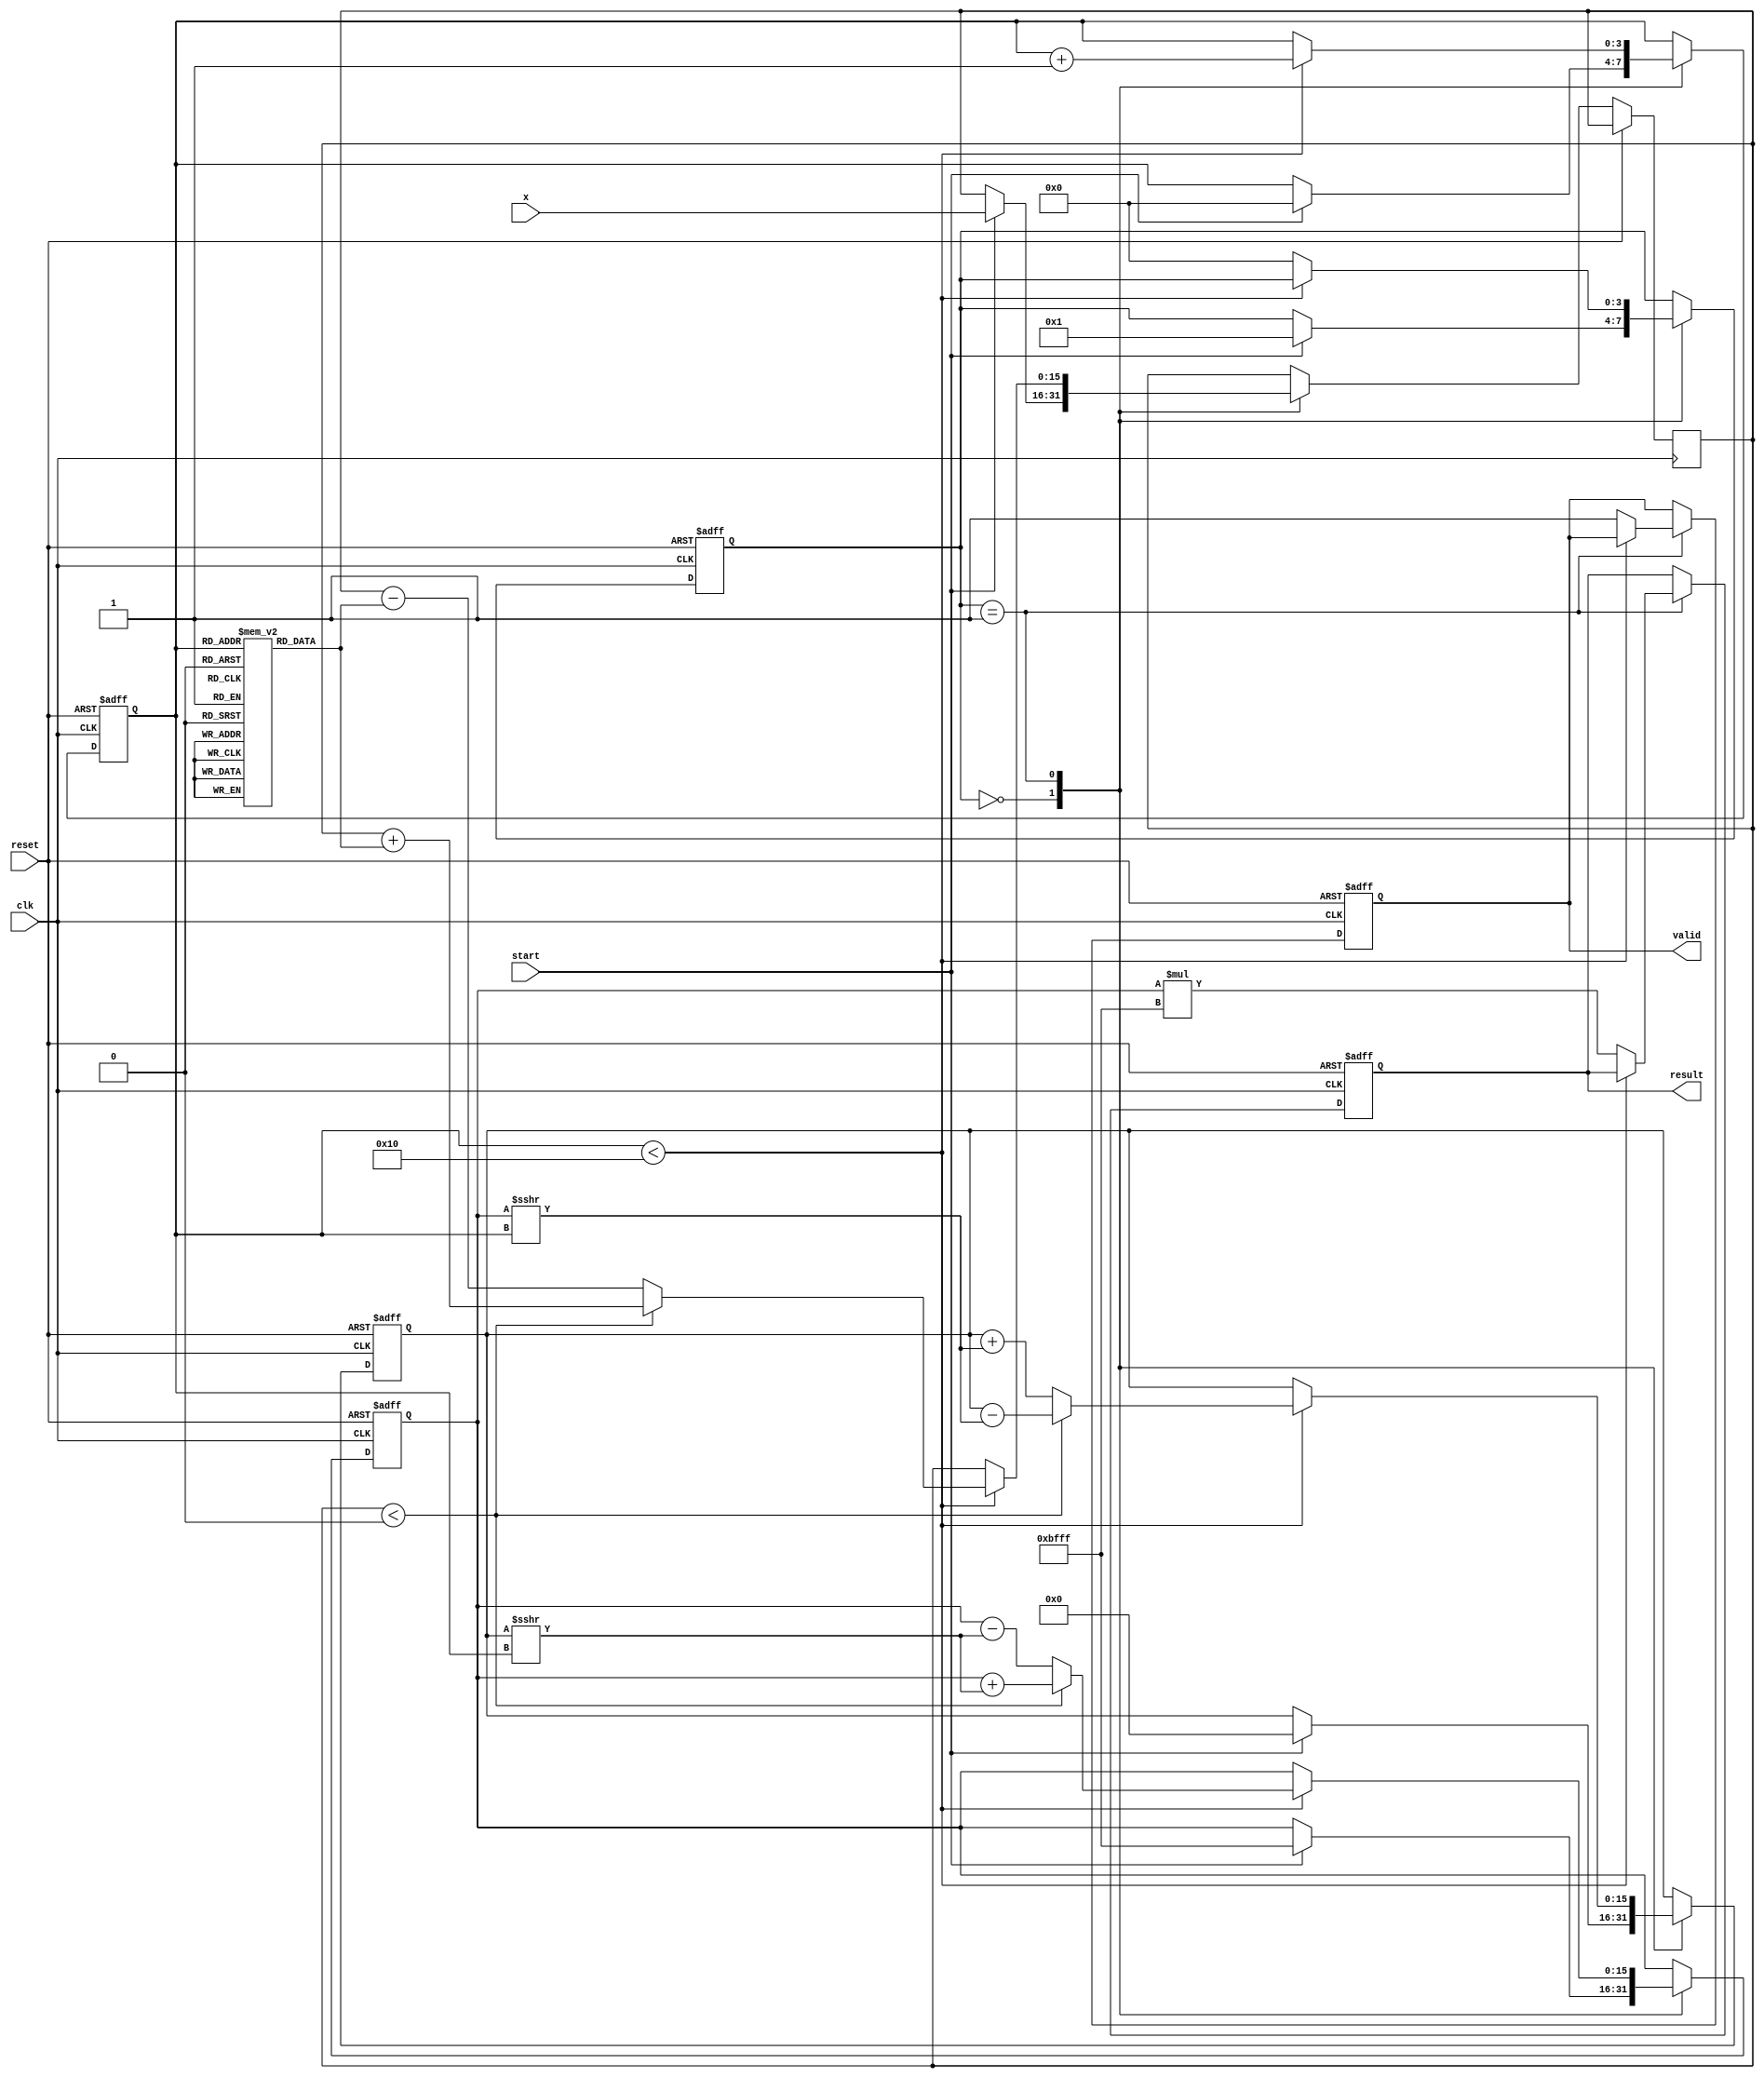
module cordic_exponential (
    input wire clk,
    input wire reset,
    input wire start,
    input wire [15:0] x, // Fixed-point input for x
    output reg [31:0] result, // Fixed-point output for e^x
    output reg valid // Signal to indicate output is ready
);

    parameter NUM_ITERATIONS = 16; // Number of CORDIC iterations
    parameter FIXED_POINT_SCALE = 16'hBFFF; // Scaling factor (example value)

    reg [15:0] angle_lut [0:NUM_ITERATIONS-1]; // Angle lookup table
    reg [15:0] z; // Input value in fixed-point
    reg [15:0] x_acc, y_acc; // Accumulators for x and y
    reg [3:0] state; // State machine for control logic
    reg [3:0] iteration; // Iteration counter

    // Initialize angle lookup table (precomputed values)
    initial begin
        angle_lut[0] = 16'h0000; // atan(2^0)
        angle_lut[1] = 16'h1C71; // atan(2^-1)
        angle_lut[2] = 16'h1A62; // atan(2^-2)
        angle_lut[3] = 16'h186A; // atan(2^-3)
        angle_lut[4] = 16'h172B; // atan(2^-4)
        angle_lut[5] = 16'h162E; // atan(2^-5)
        angle_lut[6] = 16'h1555; // atan(2^-6)
        angle_lut[7] = 16'h149E; // atan(2^-7)
        angle_lut[8] = 16'h1400; // atan(2^-8)
        angle_lut[9] = 16'h138A; // atan(2^-9)
        angle_lut[10] = 16'h1328; // atan(2^-10)
        angle_lut[11] = 16'h12D8; // atan(2^-11)
        angle_lut[12] = 16'h1290; // atan(2^-12)
        angle_lut[13] = 16'h1258; // atan(2^-13)
        angle_lut[14] = 16'h1220; // atan(2^-14)
        angle_lut[15] = 16'h11F0; // atan(2^-15)
    end

    // State machine for control logic
    always @(posedge clk or posedge reset) begin
        if (reset) begin
            state <= 0;
            valid <= 0;
            iteration <= 0;
            x_acc <= 0;
            y_acc <= 0;
            result <= 0;
        end else begin
            case (state)
                0: begin // Idle state
                    if (start) begin
                        z <= x; // Load input value
                        x_acc <= FIXED_POINT_SCALE; // Start with scaling factor
                        y_acc <= 0; // Initialize y accumulator
                        iteration <= 0; // Reset iteration counter
                        state <= 1; // Move to iteration state
                    end
                end
                1: begin // Iteration state
                    if (iteration < NUM_ITERATIONS) begin
                        // CORDIC rotation
                        if (z < 0) begin
                            x_acc <= x_acc + (y_acc >>> iteration);
                            y_acc <= y_acc - (x_acc >>> iteration);
                            z <= z + angle_lut[iteration];
                        end else begin
                            x_acc <= x_acc - (y_acc >>> iteration);
                            y_acc <= y_acc + (x_acc >>> iteration);
                            z <= z - angle_lut[iteration];
                        end
                        iteration <= iteration + 1; // Next iteration
                    end else begin
                        result <= x_acc * FIXED_POINT_SCALE; // Scale the result
                        valid <= 1; // Indicate result is ready
                        state <= 0; // Go back to idle
                    end
                end
            endcase
        end
    end
endmodule